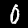
Label: 0